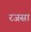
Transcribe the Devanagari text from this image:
रजसा